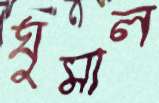
ঘুমাল